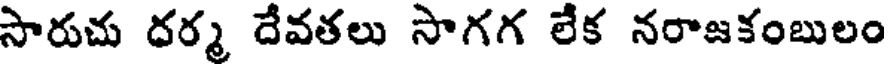
సారుచు దర్మ దేవతలు సాగగ లేక నరాజకంబులం